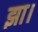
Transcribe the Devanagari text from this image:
झा।